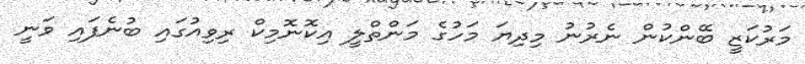
މަރުކަޒީ ބޭންކުން ނެރުނު މިދިޔަ މަހުގެ މަންތްލީ އިކޮނޮމިކް ރިވިއުގައި ބުނެފައި ވަނީ